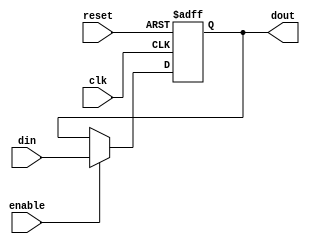
`timescale 1ns / 1ps
//////////////////////////////////////////////////////////////////////////////////
// Instituto Tecnologico de Costa Rica
// Laboratorio de diseo de sistemas digital
// Profesor: Alfonso Chacon
//
// Estudiantes:
// Edgar Solera Bolaos
// Diego Salazar Sibaja 
//
// Control PS2 Teclado
//
//////////////////////////////////////////////////////////////////////////////////
module register(
    input wire [7:0] din,
    output reg [7:0] dout,
	 input wire clk,
    input wire enable,
    input wire reset
    );

always @(posedge clk or posedge reset)
      if (reset) begin
         dout <= 8'h00;
      end else if (enable) begin
         dout <= din;
      end

endmodule